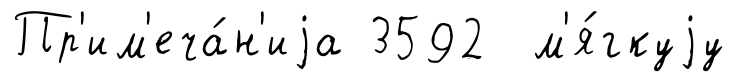
Пр'им'еча́н'иjа 3592 м'я́гкуjу